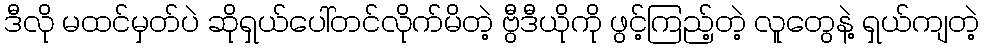
ဒီလို မထင်မှတ်ပဲ ဆိုရှယ်ပေါ်တင်လိုက်မိတဲ့ ဗွီဒီယိုကို ဖွင့်ကြည့်တဲ့ လူတွေနဲ့ ရှယ်ကျတဲ့